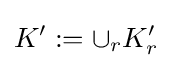
K':=\cup _{r}K'_{r}